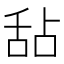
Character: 𬜅